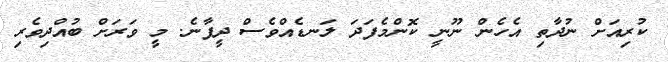
ކުރިއަށް ނުދާތި އެހެން ނޫނީ ކޮންމެފަދަ ލަނޑެއްވެސް ދީފާނެ. މީ ވަރަށް ބުއްދިވެރި